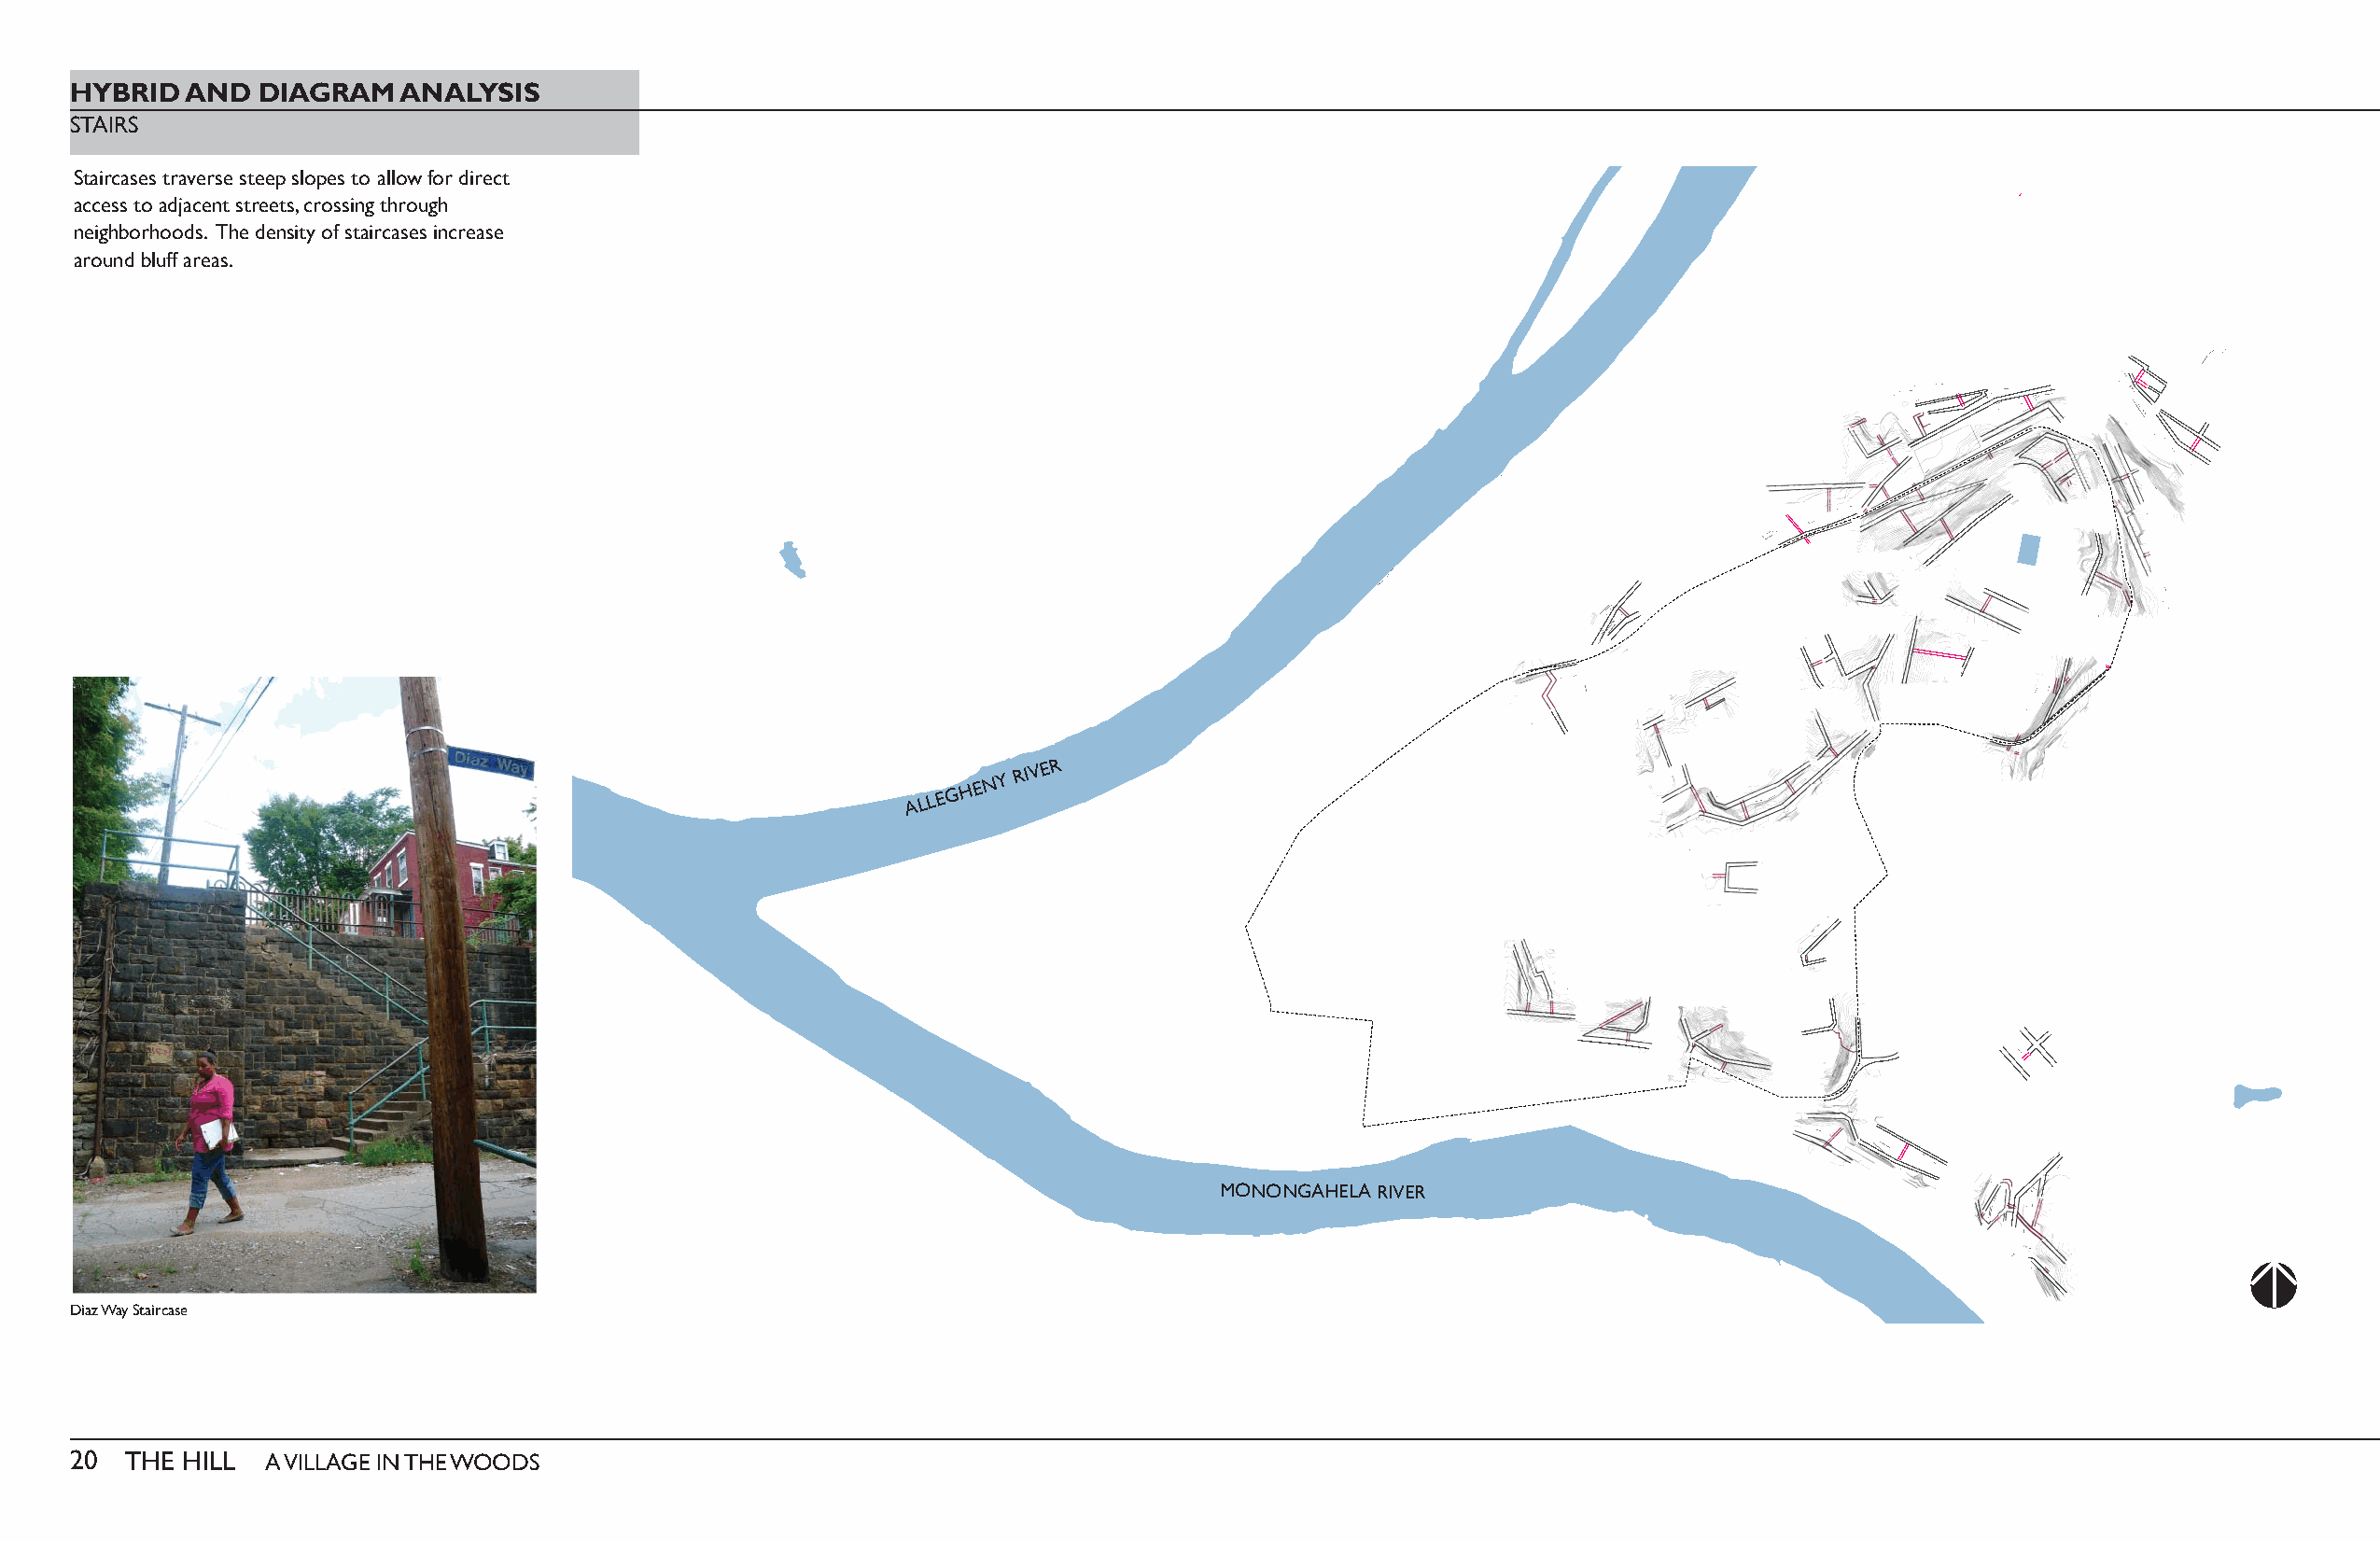
HYBRID  AND  DIAGRAM   ANALYSIS
 STAIRS
 Staircases traverse steep slopes to allow for direct
 access to adjacent streets, crossing through
 neighborhoods. The density of staircases increase
 around bluff areas.
 ALLEGHENY
 RIVER
 MONONGAHELA RIVER
 Diaz Way Staircase
 20  THE HILL  A VILLAGE IN THE WOODS